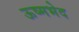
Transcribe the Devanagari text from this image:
ऊष्मभेद